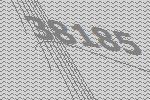
38185